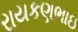
રાયકણભાઇ